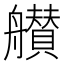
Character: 𦪸